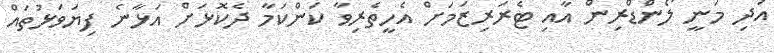
އަދި މަނީ ލޯންޑްރިން އާއި ޓެރަރިޒަމަށް އެހީތެރިވާ ކަންކަމާ ދެކޮޅަށް އަޅާނެ ފިޔަވަޅުތައް